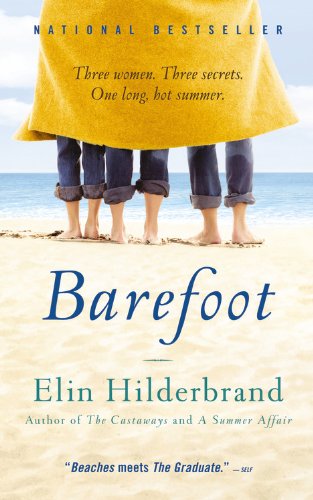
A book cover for Barefoot: A Novel; Elin Hilderbrand; Literature & Fiction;